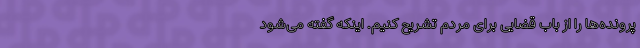
پرونده‌ها را از باب قضایی برای مردم تشریح کنیم. اینکه گفته می‌شود